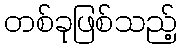
တစ်ခုဖြစ်သည့်